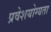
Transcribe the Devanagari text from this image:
प्रवेशयोग्यता